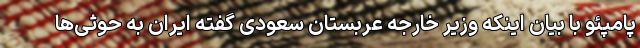
پامپئو با بیان اینکه وزیر خارجه عربستان سعودی گفته ایران به حوثی‌‌ها